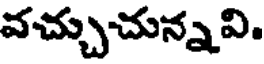
వచ్చుచున్నవి.